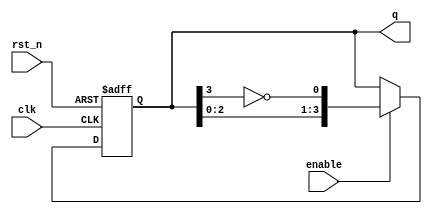
module johnson_counter (
    input wire clk,           // Clock input
    input wire rst_n,        // Asynchronous reset (active low)
    input wire enable,       // Enable signal
    output reg [3:0] q       // 4-bit output representing the counter state
);

// Internal signal
wire feedback;

// Inverter for the last flip-flop output
assign feedback = ~q[3];

// Sequential logic - Johnson counter
always @(posedge clk or negedge rst_n) begin
    if (!rst_n) begin
        // Asynchronous reset
        q <= 4'b0000; // Reset to all zeros
    end else if (enable) begin
        // Shift operation for Johnson counter
        q <= {q[2:0], feedback}; // Shift and feed back the inverted last bit
    end
end

endmodule